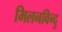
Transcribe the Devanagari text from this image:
मिलनविन्दु